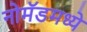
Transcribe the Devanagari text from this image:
नोमॅडमध्ये